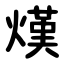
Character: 熯